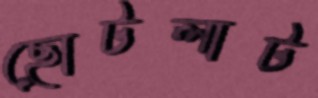
ছোটলাট